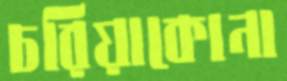
চরিয়াকোনা